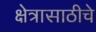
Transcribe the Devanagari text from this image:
क्षेत्रासाठीचे